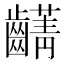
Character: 𮯖